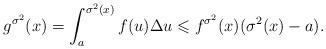
LaTeX: \begin{align*} g^{\sigma ^2 } (x) = \int_a^{\sigma ^2 (x)}{f(u)\Delta u} \leqslant f^{\sigma ^2 } (x)(\sigma ^2 (x) - a).\end{align*}